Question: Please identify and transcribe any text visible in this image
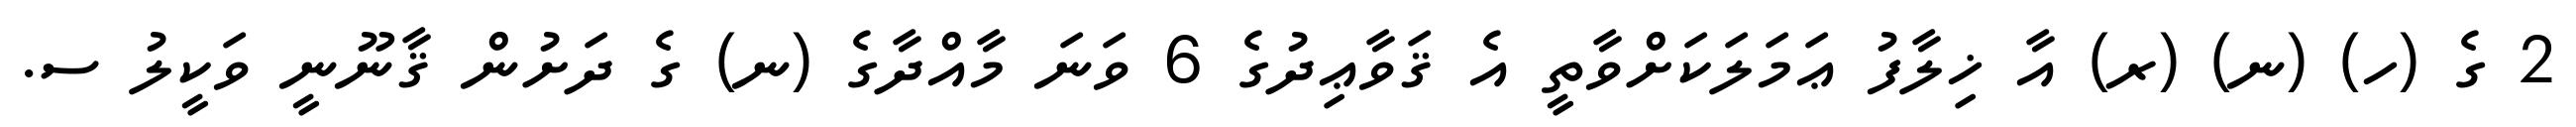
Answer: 2 ގެ (ހ) (ނ) (ރ) އާ ޚިލާފު ޢަމަލަކަށްވާތީ އެ ޤަވާޢިދުގެ 6 ވަނަ މާއްދާގެ (ނ) ގެ ދަށުން ޤާނޫނީ ވަކީލު ސ.